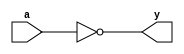
module notgate(y,a);
input a;
output y;

nand(y,a,a);

endmodule